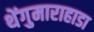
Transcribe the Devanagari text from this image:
थेंगुमाराहाडा